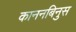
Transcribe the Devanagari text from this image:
काननबिनुस